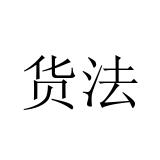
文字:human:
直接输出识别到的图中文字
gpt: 货法